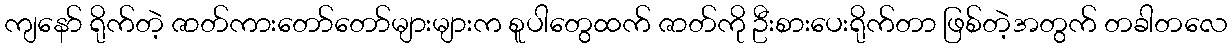
ကျနော် ရိုက်တဲ့ ဇာတ်ကားတော်တော်များများက စူပါတွေထက် ဇာတ်ကို ဦးစားပေးရိုက်တာ ဖြစ်တဲ့အတွက် တခါတလေ